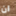
ان